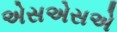
એસએસએ